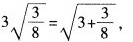
3 $$\sqrt { \frac { 3 } { 8 } } = \sqrt { 3 + \frac { 3 } { 8 } }$$，